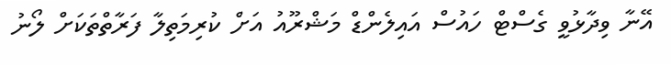
އޭނާ ވިދާޅުވީ ގެސްޓް ހައުސް އައިލެންޑް މަޝްރޫއު އަށް ކުރިމަތިލާ ފަރާތްތަކަށް ލޯނު